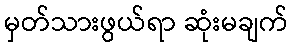
မှတ်သားဖွယ်ရာ ဆုံးမချက်